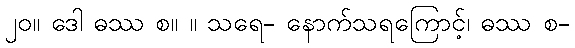
၂၀။ ဒေါ ဓဿ စ။ ။ သရေ- နောက်သရကြောင့်၊ ဓဿ စ-